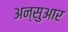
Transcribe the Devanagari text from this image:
अन्सुआर